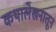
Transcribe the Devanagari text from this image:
कथालेखनातून